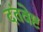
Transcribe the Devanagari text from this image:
दंतवेष्ट